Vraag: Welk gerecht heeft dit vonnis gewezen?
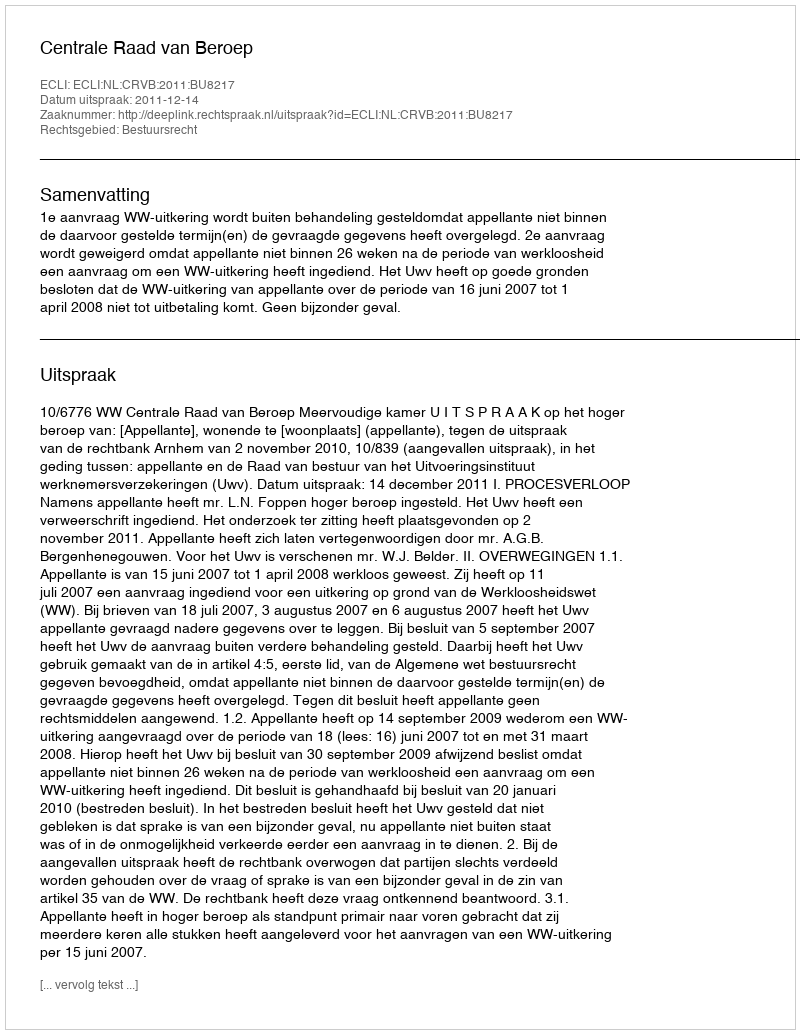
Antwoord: Centrale Raad van Beroep